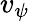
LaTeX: v_{\psi}